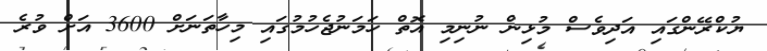
ޔުކްރޭންގައި އަދިވެސް މުޅިން ނުނިމި އޮތް ހަމަނުޖެހުމުގައި މިހާތަނަށް 3600 އަށް ވުރެ